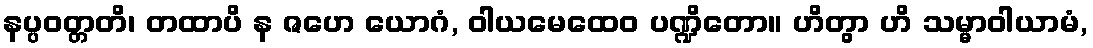
နပ္ပဝတ္တတိ၊ တထာပိ န ဇဟေ ယောဂံ, ဝါယမေထေဝ ပဏ္ဍိတော။ ဟိတွာ ဟိ သမ္မာဝါယာမံ,